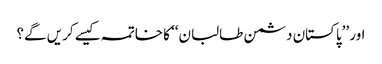
اور ’’پاکستان دشمن طالبان‘‘ کا خاتمہ کیسے کریں گے؟